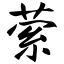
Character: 萦